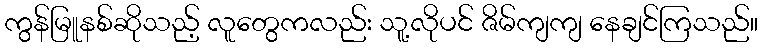
ကွန်မြူနစ်ဆိုသည့် လူတွေကလည်း သူ့လိုပင် ဇိမ်ကျကျ နေချင်ကြသည်။